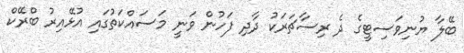
ބޭލާ ޔުނިވަސިޓީގެ ދެ ރިސާޗަރަކު ދާދި ފަހުން ވަނީ މަސައްކަތުގައި އުޅޭއިރު ބްރޭކް